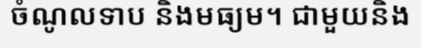
ចំណូលទាប និងមធ្យម។ ជាមួយនិង